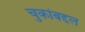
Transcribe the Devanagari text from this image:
चुकांबद्दल